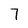
Character: 7